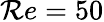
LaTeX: \mathcal{R}e=50